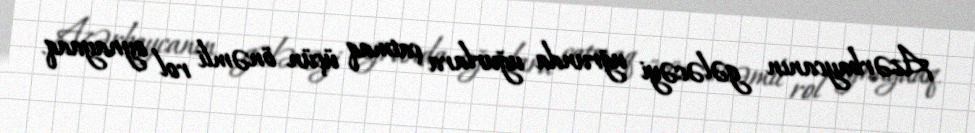
Azərbaycanın gələcəyi uğrunda uğurlara çatmaq üçün önəmli rol oynayaaq.